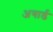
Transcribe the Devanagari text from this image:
अगार्ड